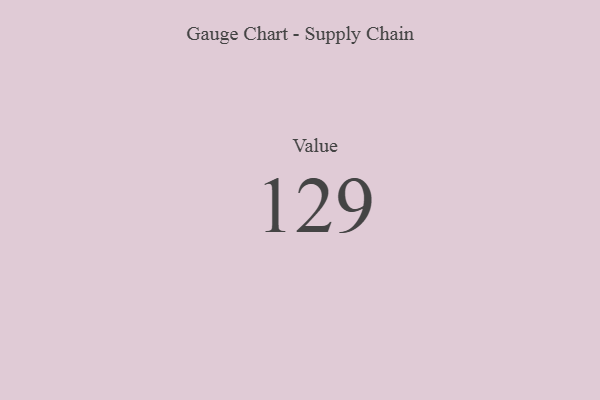
{"axis": {"x": "Metric", "y": "Value"}, "legend": [""], "data": [{"x": "Value", "y": 129, "type": ""}]}